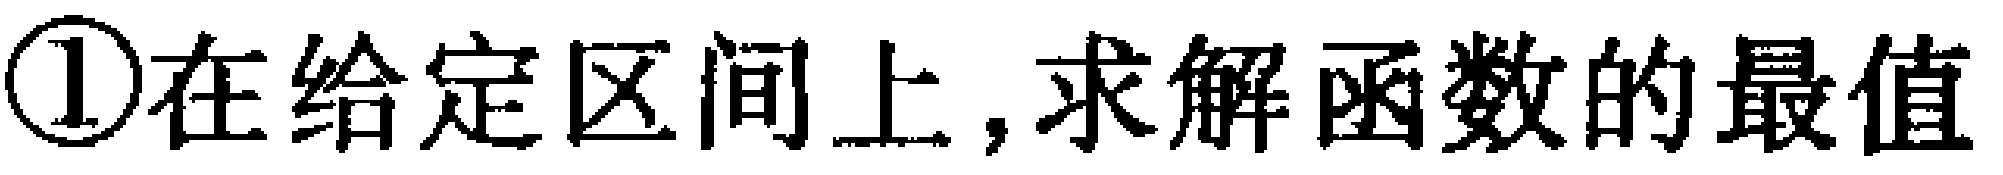
\textcircled{1}在给定区间上,求解函数的最值